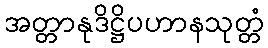
အတ္တာနုဒိဋ္ဌိပဟာနသုတ္တံ